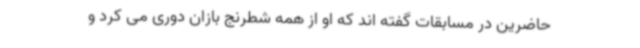
حاضرین در مسابقات گفته اند که او از همه شطرنج بازان دوری می کرد و